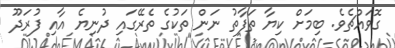
ގޮވައްޗެވެ. ބިމަށް ކިޔާ ތަފާތު ނަން ތަކުގެ ތެރޭގައި ދުނިޔެ އާއި ފުރަދޫ